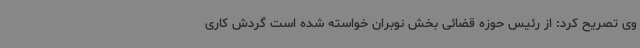
وی تصریح کرد: از رئیس حوزه قضائی بخش نوبران خواسته شده است گردش کاری